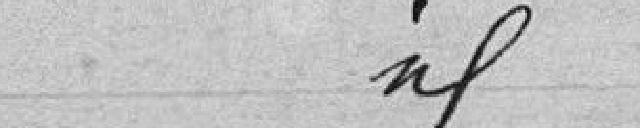
idem